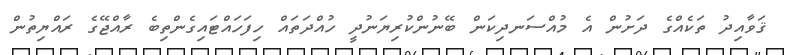
ޤަވާއިދު ތަކެއްގެ ދަށުން އެ މުއްސަނދިކަން ބޭނުންކުރިޔަނުދީ ހުއްދަތައް ހިފަހައްޓައިގެންތިބެ ރާއްޖޭގެ ރައްޔިތުން